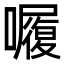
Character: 𭌆